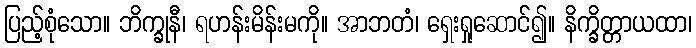
ပြည့်စုံသော။ ဘိက္ခုနီ၊ ရဟန်းမိန်းမကို။ အာဘတံ၊ ရှေးရှုဆောင်၍။ နိက္ခိတ္တာယထာ၊